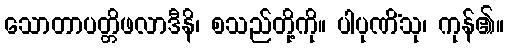
သောတာပတ္တိဖလာဒီနိ၊ စသည်တို့ကို။ ပါပုဏိံသု၊ ကုန်၏။